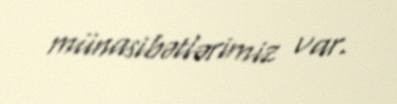
münasibətlərimiz var.